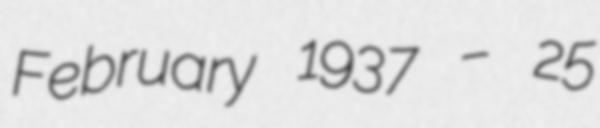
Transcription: February 1937 – 25